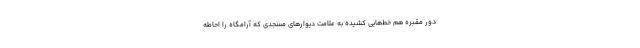
دور مقبره هم خط‌هایی کشیده به علامت دیوارهای مسجدی که آرامگاه را احاطه